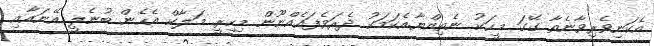
އެކަނިވެރިވާނެތާ ގޭގަ މީހަކު ނެތިއްޔާ.އެކަމަކު ދެރަވެފައެއްނޫން މިހިރީ. މަލާކް އެހެން ބުނެލީ އޭނައާއި